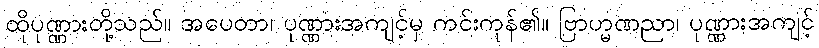
ထိုပုဏ္ဏားတို့သည်။ အပေတာ၊ ပုဏ္ဏားအကျင့်မှ ကင်းကုန်၏။ ဗြာဟ္မဏညာ၊ ပုဏ္ဏားအကျင့်